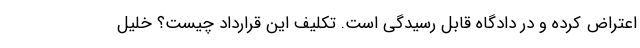
اعتراض کرده و در دادگاه قابل رسیدگی است. تکلیف این قرارداد چیست؟ خلیل